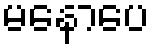
မနောပေ